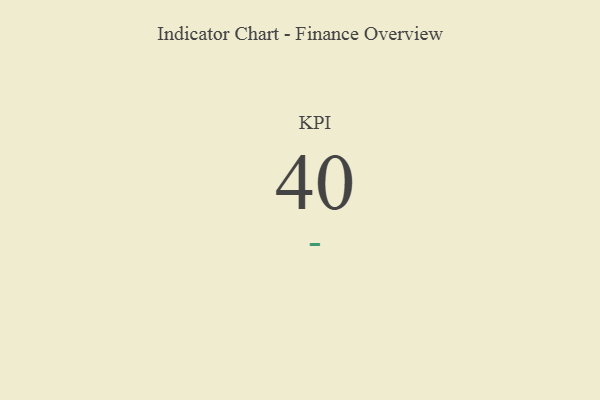
{"axis": {"x": "KPI", "y": "Value"}, "legend": [""], "data": [{"x": "KPI", "y": 40, "type": ""}]}